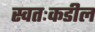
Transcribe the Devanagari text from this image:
स्वतःकडील